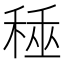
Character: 𥟰